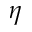
\eta